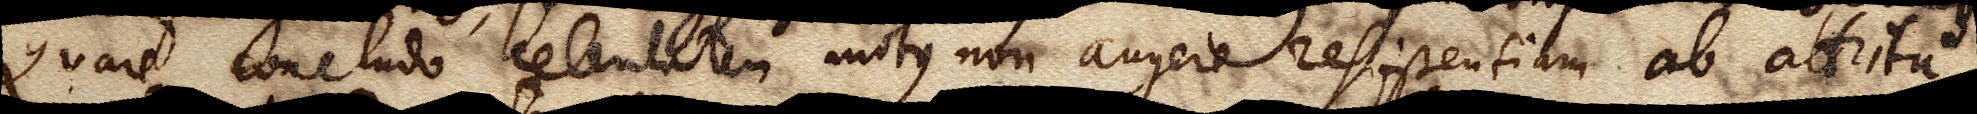
Quare concludo celeritatem motus non augere resistentiam ab attritu .